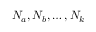
N _ { a } , N _ { b } , \ldots , N _ { k }